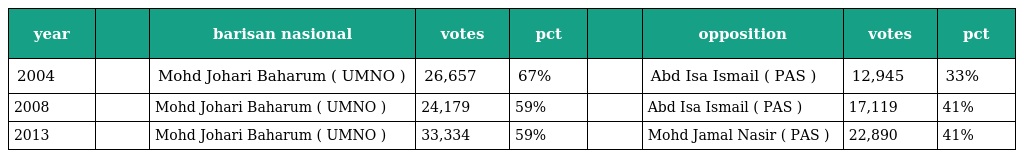
| year |  | barisan nasional | votes | pct |  | opposition | votes | pct |
 | --- | --- | --- | --- | --- | --- | --- | --- | --- |
 | 2004 |  | Mohd Johari Baharum ( UMNO ) | 26,657 | 67% |  | Abd Isa Ismail ( PAS ) | 12,945 | 33% |
 | 2008 |  | Mohd Johari Baharum ( UMNO ) | 24,179 | 59% |  | Abd Isa Ismail ( PAS ) | 17,119 | 41% |
 | 2013 |  | Mohd Johari Baharum ( UMNO ) | 33,334 | 59% |  | Mohd Jamal Nasir ( PAS ) | 22,890 | 41% |